Rules regarding the measures to be adopted on the outbreak of cholera or appearance of small-pox
Disease focus: Cholera
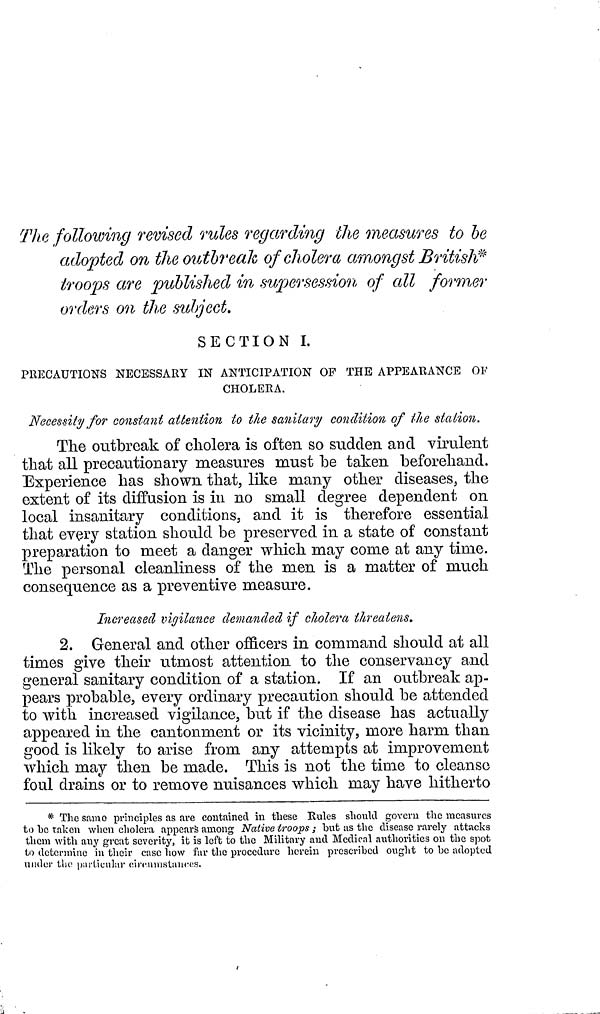
The following revised rules regarding the measures to be
adopted on the outbreak of cholera amongst British
troops are published in supersession of all former
orders on the subject.
SECTION I.
PRECAUTIONS NECESSARY IN ANTICIPATION OF THE APPEARANCE OF
CHOLERA.
Necessity for constant attention to the sanitary condition of the station.
The outbreak of cholera is often so sudden and virulent
that all precautionary measures must be taken beforehand.
Experience has shown that, like many other diseases, the
extent of its diffusion is in no small degree dependent on
local insanitary conditions, and it is therefore essential
that every station should be preserved in a state of constant
preparation to meet a danger which may come at any time.
The personal cleanliness of the men is a matter of much
consequence as a preventive measure.
Increased vigilance demanded if cholera threatens.
2. General and other officers in command should at all
times give their utmost attention to the conservancy and
general sanitary condition of a station. If an outbreak ap-
pears probable, every ordinary precaution should be attended
to with increased vigilance, but if the disease has actually
appeared in the cantonment or its vicinity, more harm than
good is likely to arise from any attempts at improvement
which may then be made. This is not the time to cleanse
foul drains or to remove nuisances which may have hitherto
* The same principles as are contained in these Rules should govern the measures
to be taken when cholera appears among Native troops; but as the disease rarely attacks
them with any great severity, it is left to the Military and Medical authorities on the spot
to determine in their case how far the procedure herein prescribed ought to be adopted
under the particular circumstances.